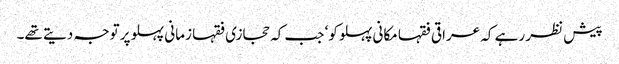
پیش نظر رہے کہ عراقی فقہا مکانی پہلو کو‘ جب کہ حجازی فقہا زمانی پہلو پر توجہ دیتے تھے۔